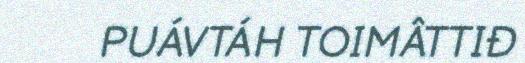
PUÁVTÁH TOIMÂTTIĐ